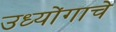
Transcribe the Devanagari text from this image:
उध्योंगाचे